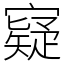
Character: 寲